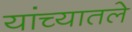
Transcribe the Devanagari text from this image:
यांच्यातले